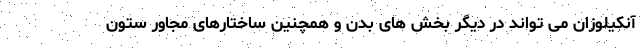
آنکیلوزان می تواند در دیگر بخش های بدن و همچنین ساختارهای مجاور ستون